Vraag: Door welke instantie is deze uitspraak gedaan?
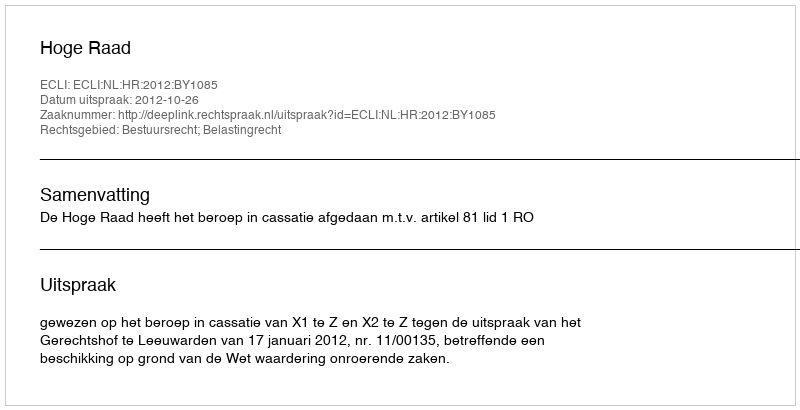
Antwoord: Hoge Raad